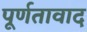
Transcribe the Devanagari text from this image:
पूर्णतावाद